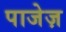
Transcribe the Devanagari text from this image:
पाजेज़